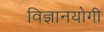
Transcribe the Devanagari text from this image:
विज्ञानयोगी